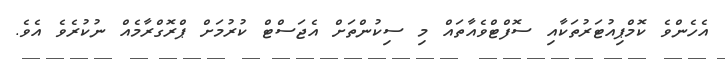
އެހެންވެ ކޮމްޕިއުޓަރުތަކާއި ސޮފްޓްވެެއާތައް މި ސިކުންތަށް އެޖަސްޓް ކުރުމަށް ޕްރޮގްރާމެއް ނުކުރެވެ އެވެ.